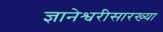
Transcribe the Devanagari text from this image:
ज्ञानेश्वरीसारख्या